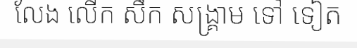
លែង លើក សឹក សង្គ្រាម ទៅ ទៀត